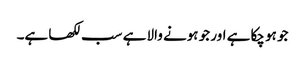
جو ہو چکا ہے اور جو ہونے والا ہے سب لکھا ہے۔